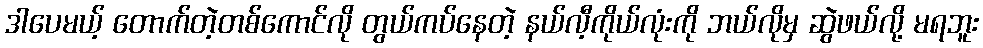
ဒါပေမယ့် တောက်တဲ့တစ်ကောင်လို တွယ်ကပ်နေတဲ့ နယ်လီ့ကိုယ်လုံးကို ဘယ်လိုမှ ဆွဲဖယ်လို့ မရဘူး